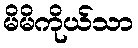
မိမိကိုယ်သာ